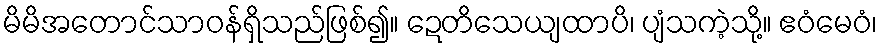
မိမိအတောင်သာဝန်ရှိသည်ဖြစ်၍။ ဍေတိသေယျထာပိ၊ ပျံသကဲ့သို့။ ဧဝံမေဝံ၊